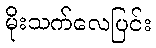
မိုးသက်လေပြင်း